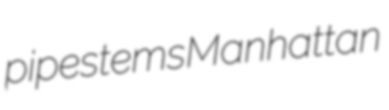
pipestems Manhattan